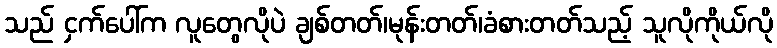
သည် ငှက်ပေါ်က လူတွေလိုပဲ ချစ်တတ်၊မုန်းတတ်၊ခံစားတတ်သည့် သူလိုကိုယ်လို